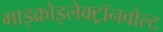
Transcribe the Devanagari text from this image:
माइक्रोइलेक्ट्रॉनवोल्ट